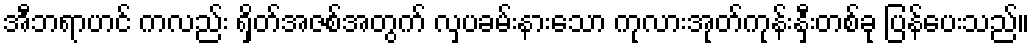
အီဘရာဟင် ကလည်း ရှိတ်အဇစ်အတွက် လှပခမ်းနားသော ကုလားအုတ်ကုန်းနှီးတစ်ခု ပြန်ပေးသည်။